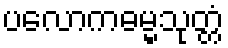
ပလောကဓမ္မသုတ္တံ